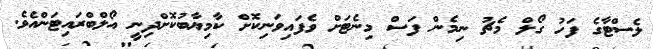
ލެސްޓާގެ ފަހު ގޯލް މެޗު ނިމެން ފަސް މިނެޓަށް ވެފައިވަނިކޮށް ކާމިޔާބުކޮށްދިނީ އޯލްބްރައިޓަންއެވެ.